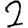
Digit: 2